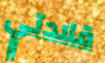
قلادتي